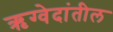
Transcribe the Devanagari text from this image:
ऋग्वेदांतील